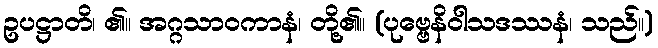
ဥပဋ္ဌာတိ၊ ၏။ အဂ္ဂသာဝကာနံ၊ တို့၏။ (ပုဗ္ဗေနိဝါသဒဿနံ၊ သည်။)